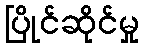
ပြိုင်ဆိုင်မှု